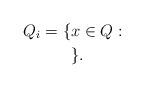
LaTeX: \begin{align*}Q_i=\{&x\in Q: \\ &\}.\end{align*}